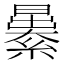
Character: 㬧